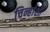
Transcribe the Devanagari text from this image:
चिन्हांशी